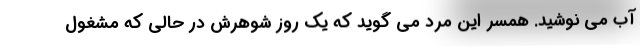
آب می نوشید. همسر این مرد می گوید که یک روز شوهرش در حالی که مشغول